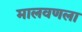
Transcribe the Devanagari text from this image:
मालवणला